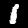
Label: 1